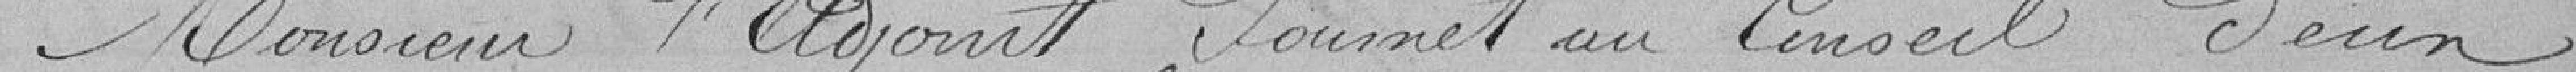
Monsieur l'Adjoint, Soumet au Conseil deux